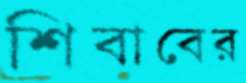
শিবাবের